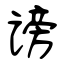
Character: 谤